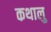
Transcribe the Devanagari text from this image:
कथालु